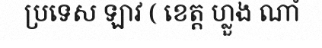
ប្រទេស ឡាវ ( ខេត្ត ហ្លួង ណាំ